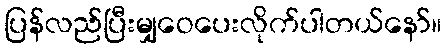
ပြန်လည်ပြီးမျှဝေပေးလိုက်ပါတယ်နော်။